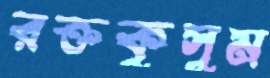
রক্তকুসুম